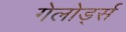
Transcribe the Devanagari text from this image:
गेलोर्ड्स